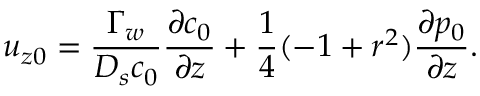
u _ { z 0 } = \frac { \Gamma _ { w } } { D _ { s } c _ { 0 } } \frac { \partial c _ { 0 } } { \partial z } + \frac { 1 } { 4 } ( - 1 + r ^ { 2 } ) \frac { \partial p _ { 0 } } { \partial z } .